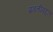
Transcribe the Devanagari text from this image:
प्रगतीबद्दल